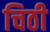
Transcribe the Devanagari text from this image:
चिठी